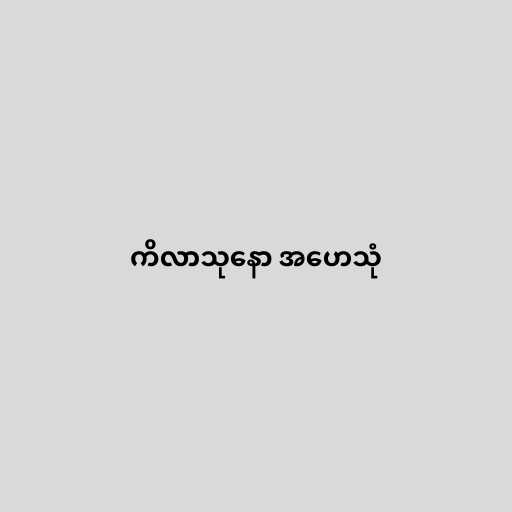
ကိလာသုနော အဟေသုံ